Madras plague regulations and rules - Volume 1
Disease focus: Plague
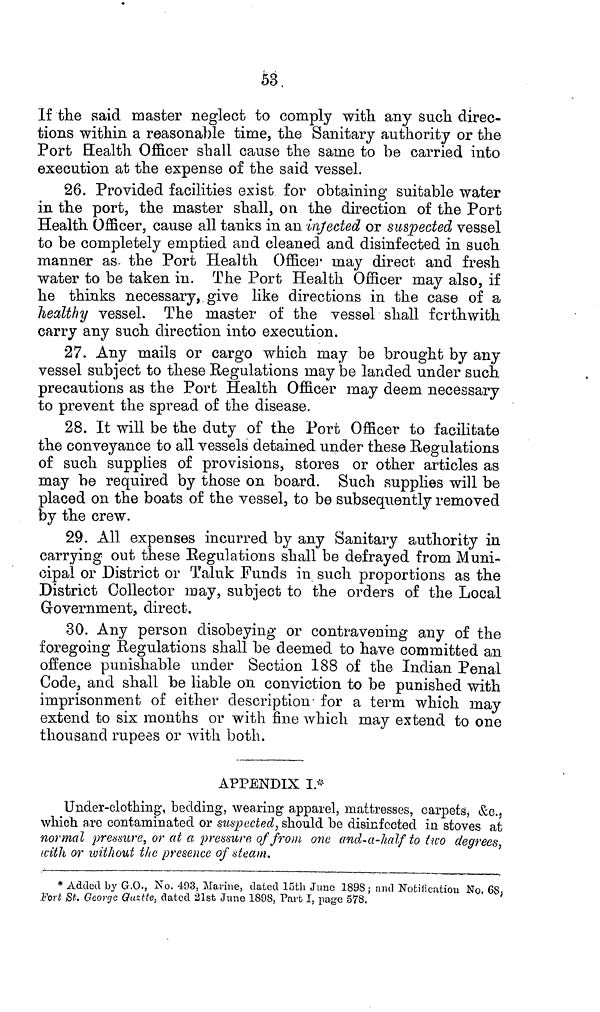
53
If the said master neglect to comply with any such direc-
tions within a reasonable time, the Sanitary authority or the
Port Health Officer shall cause the same to be carried into
execution at the expense of the said vessel.
26. Provided facilities exist for obtaining suitable water
in the port, the master shall, on the direction of the Port
Health Officer, cause all tanks in an infected or suspected vessel
to be completely emptied and cleaned and disinfected in such
manner as- the Port Health Officer may direct and fresh
water to be taken in. The Port Health Officer may also, if
he thinks necessary, give like directions in the case of a
healthy vessel. The master of the vessel shall forthwith
carry any such direction into execution.
27. Any mails or cargo which may be brought by any
vessel subject to these Regulations may be landed under such
precautions as the Port Health Officer may deem necessary
to prevent the spread of the disease.
28. It will be the duty of the Port Officer to facilitate
the conveyance to all vessels detained under these Regulations
of such supplies of provisions, stores or other articles as
may be required by those on board. Such supplies will be
placed on the boats of the vessel, to be subsequently removed
by the crew.
29. All expenses incurred by any Sanitary authority in
carrying out these Regulations shall be defrayed from Muni-
cipal or District or Taluk Funds in such proportions as the
District Collector may, subject to the orders of the Local
Government, direct.
30. Any person disobeying or contravening any of the
foregoing Regulations shall be deemed to have committed an
offence punishable under Section 188 of the Indian Penal
Code, and shall be liable on conviction to be punished with
imprisonment of either description for a term which may
extend to six months or with fine which may extend to one
thousand rupees or with both.
APPENDIX I *
Under-clothing, bedding, wearing apparel, mattresses, carpets, &c.,
which are contaminated or suspected, should be disinfected in stoves at
normal pressure, or at a pressure of from one and-a-half to two degrees,
with or without the, presence of steam.
* Added by G.O., No. 403, Marine, dated 15th June 1898; and Notification No, 68,
Fort St. George Guztte, dated 21st June 1898, Part I, page 578.